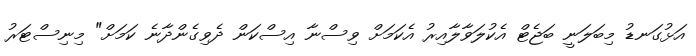
އަޅުގަނޑު މިބަލަނީ ބަޖެޓް އެކުލަވާލާއިރު އެކަމަށް ވިސްނާ އިސްކަން ދެވިގެންދާނެ ކަމަށް" މިނިސްޓަރު